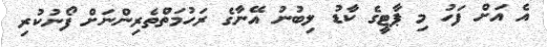
އެ އަށް ފަހު މި ޕާޓީގެ ކާޑު ލިބުނު އޭނާގެ ރަހުމަތްތެރިންނަށް ފޯނުކުރި